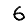
Digit: 6